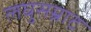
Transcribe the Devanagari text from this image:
लघुसम्राट